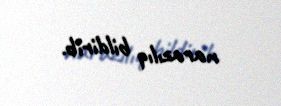
narazılıq bildirib.